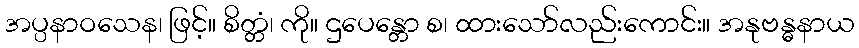
အပ္ပနာဝသေန၊ ဖြင့်။ စိတ္တံ၊ ကို။ ဌပေန္တော စ၊ ထားသော်လည်းကောင်း။ အနုဗန္ဓနာယ